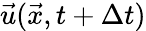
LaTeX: \vec{u}(\vec{x},t+\Delta{t})